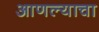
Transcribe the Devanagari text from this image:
आणल्याचा